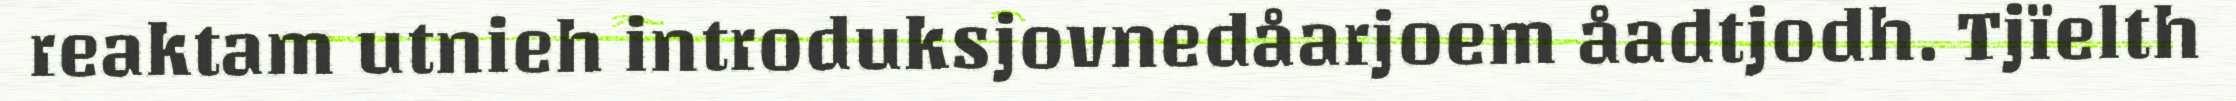
reaktam utnieh introduksjovnedåarjoem åadtjodh. Tjïelth